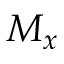
M _ { x }